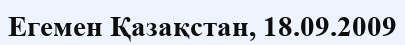
Егемен Қазақстан, 18.09.2009